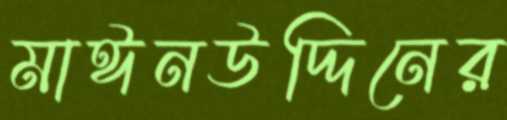
মাঈনউদ্দিনের